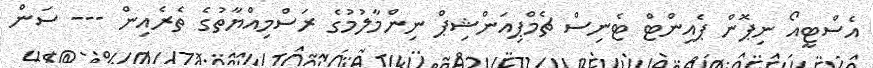
އެސްޓީއޯ ނިޕޮން ޕެއިންޓް ޓެނިސް ޗެމްޕިއަންޝިޕް ނިންމާލުމުގެ ރަސްމިއްޔާތުގެ ތެރެއިން --- ސަން